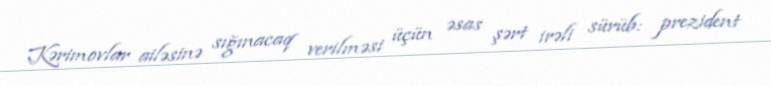
Kərimovlar ailəsinə sığınacaq verilməsi üçün əsas şərt irəli sürüb: prezident